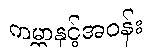
ကမ္ဘာနှင့်အဝန်း